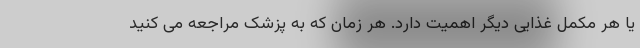
یا هر مکمل غذایی دیگر اهمیت دارد. هر زمان که به پزشک مراجعه می کنید